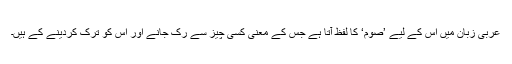
عربی زبان میں اِس کے لیے ’صوم‘ کا لفظ آتا ہے جس کے معنی کسی چیز سے رک جانے اور اُس کو ترک کردینے کے ہیں۔